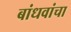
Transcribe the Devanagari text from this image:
बांधवांचा